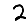
Digit: 2